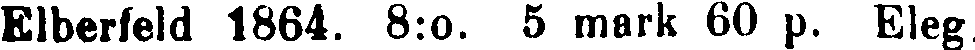
Elberfeld 1864. 8:0. 5 mark 60 p. Eleg.